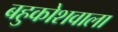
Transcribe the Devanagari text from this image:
बहुकोशवाला